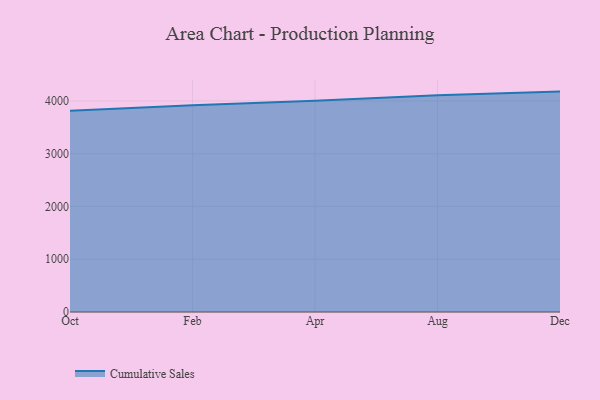
{"axis": {"x": "Month", "y": "Conversion Rate (%)"}, "legend": ["Cumulative Sales"], "data": [{"x": "Oct", "y": 3813.6, "type": "Cumulative Sales"}, {"x": "Feb", "y": 3917.7, "type": "Cumulative Sales"}, {"x": "Apr", "y": 4003.1, "type": "Cumulative Sales"}, {"x": "Aug", "y": 4109.7, "type": "Cumulative Sales"}, {"x": "Dec", "y": 4177.1, "type": "Cumulative Sales"}]}